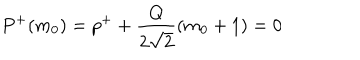
P ^ { + } ( m _ { 0 } ) = p ^ { + } + \frac { Q } { 2 \sqrt { 2 } } ( m _ { 0 } + 1 ) = 0